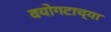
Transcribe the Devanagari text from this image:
वयोगटाच्या